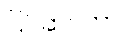
ပြင်ဆင်ကာ